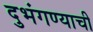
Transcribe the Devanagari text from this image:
दुभंगण्याची